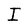
Character: I